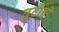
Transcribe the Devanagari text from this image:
त्रुटीही